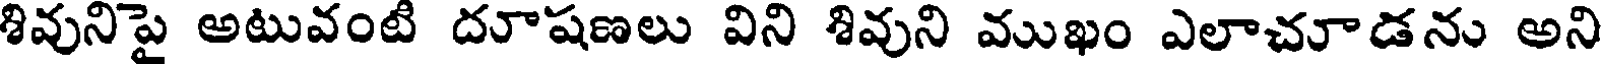
శివునిపై అటువంటి దూషణలు విని శివుని ముఖం ఎలాచూడను అని